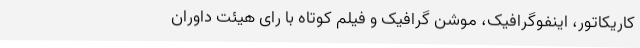
کاریکاتور، اینفوگرافیک، موشن گرافیک و فیلم کوتاه با رای هیئت داوران